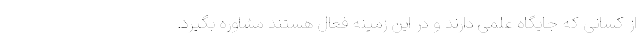
از کسانی که جایگاه علمی دارند و در این زمینه فعال هستند مشاوره بگیرد.